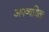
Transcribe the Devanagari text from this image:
अपव्ययिता